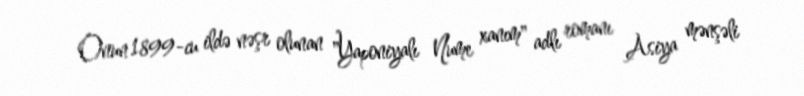
Onun 1899-cu ildə nəşr olunan "Yaponiyalı Nume xanım" adlı romanı Asiya mənşəli